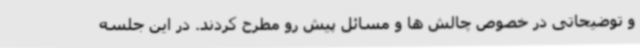
و توضیحاتی در خصوص چالش ها و مسائل پیش رو مطرح کردند. در این جلسه